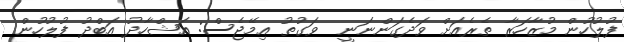
ފުލުހުން މުޒާހަރާ ތެރެއަށް ވަދެގަންނަނީ  ވަގުތު އިމޭޖެސް: އަޝްހާދު އަބްދު ފުލުހުން